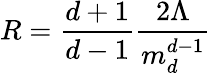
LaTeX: R=\frac{d+1}{d-1}\frac{2\Lambda}{m_{d}^{d-1}}